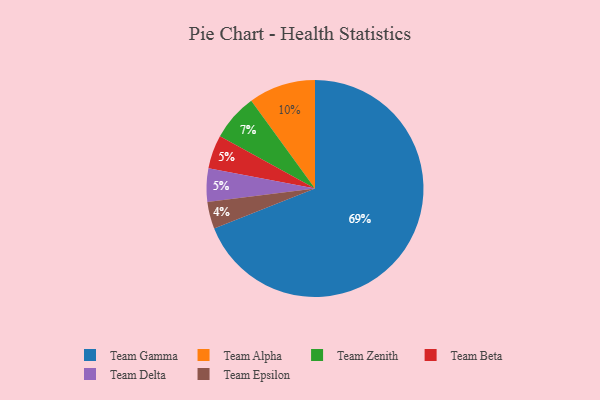
{"axis": {"x": "Category", "y": "Percentage"}, "legend": ["Team Alpha", "Team Beta", "Team Delta", "Team Epsilon", "Team Gamma", "Team Zenith"], "data": [{"x": "Team Beta", "y": 5, "type": "Team Beta"}, {"x": "Team Epsilon", "y": 4, "type": "Team Epsilon"}, {"x": "Team Alpha", "y": 10, "type": "Team Alpha"}, {"x": "Team Gamma", "y": 69, "type": "Team Gamma"}, {"x": "Team Zenith", "y": 7, "type": "Team Zenith"}, {"x": "Team Delta", "y": 5, "type": "Team Delta"}]}